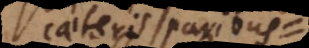
caeteris paribus